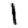
Digit: 1